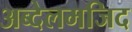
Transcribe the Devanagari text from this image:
अब्देलमजिद